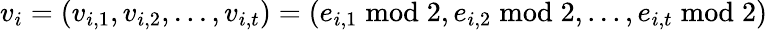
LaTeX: v_{i}=(v_{i,1},v_{i,2},...,v_{i,t})=(e_{i,1}{\bmod{2}},e_{i,2}{\bmod{2}},...,e_{i,t}{\bmod{2}})